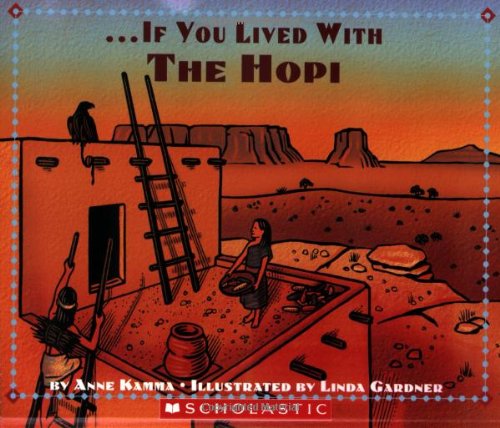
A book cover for If You Lived With The Hopi Indians; Anne Kamma; Children's Books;